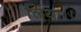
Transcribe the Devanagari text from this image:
लिया।।